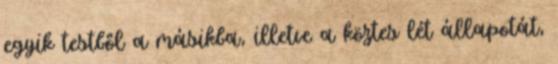
egyik testből a másikba, illetve a köztes lét állapotát,